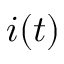
i ( t )